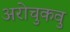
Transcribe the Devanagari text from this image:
अरोचुकवु